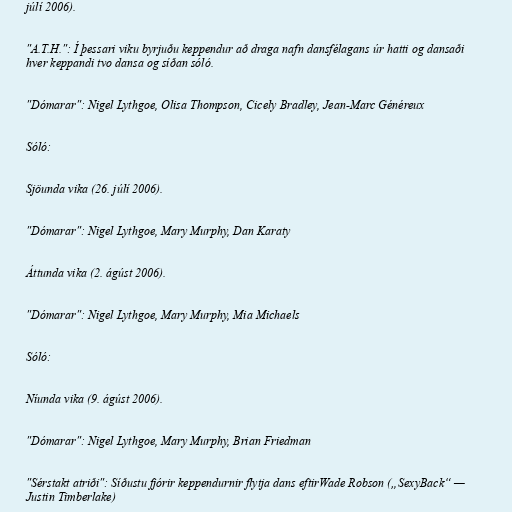
júlí 2006).

"A.T.H.": Í þessari viku byrjuðu keppendur að draga nafn dansfélagans úr hatti og dansaði
hver keppandi tvo dansa og síðan sóló.

"Dómarar": Nigel Lythgoe, Olisa Thompson, Cicely Bradley, Jean-Marc Généreux

Sóló:

Sjöunda vika (26. júlí 2006).

"Dómarar": Nigel Lythgoe, Mary Murphy, Dan Karaty

Áttunda vika (2. ágúst 2006).

"Dómarar": Nigel Lythgoe, Mary Murphy, Mia Michaels

Sóló:

Níunda vika (9. ágúst 2006).

"Dómarar": Nigel Lythgoe, Mary Murphy, Brian Friedman

"Sérstakt atriði": Síðustu fjórir keppendurnir flytja dans eftirWade Robson („SexyBack“ —
Justin Timberlake)